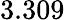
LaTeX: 3.309